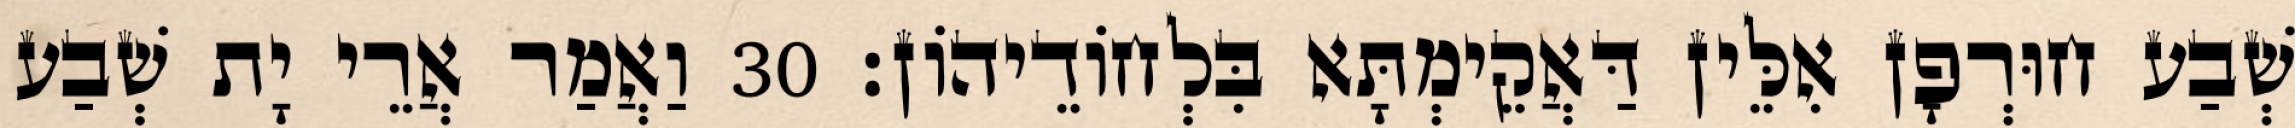
שְׁבַע חוּרְפָן אִלֵּין דַּאֲקֵימְתָּא בִּלְחוֹדֵיהוֹן׃ 30 וַאֲמַר אֲרֵי יָת שְׁבַע